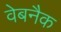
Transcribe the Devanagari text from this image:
वेबनैक